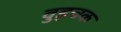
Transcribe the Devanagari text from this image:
वुड्चक